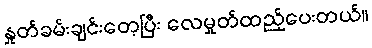
နှုတ်ခမ်းချင်းတေ့ပြီး လေမှုတ်ထည့်ပေးတယ်။